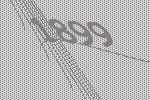
1899